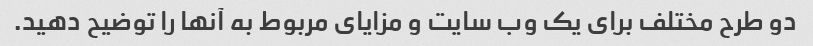
دو طرح مختلف برای یک وب سایت و مزایای مربوط به آنها را توضیح دهید.